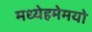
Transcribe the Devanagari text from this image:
मध्येहमेमयो